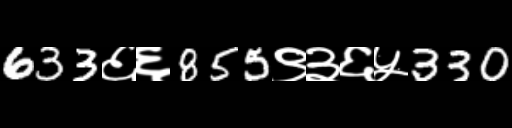
Text: 633६६855९३६५330